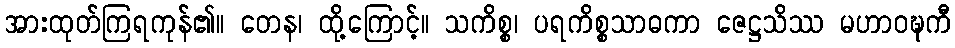
အားထုတ်ကြရကုန်၏။ တေန၊ ထို့ကြောင့်။ သကိစ္စ၊ ပရကိစ္စသာဓကာ ဇေဋ္ဌသိဿ မဟာဝဍ္ဎကီ